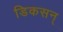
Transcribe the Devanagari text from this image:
डिकसन्